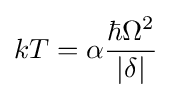
kT=\alpha {}{\frac {\hbar {}\Omega ^{2}}{|\delta |}}